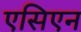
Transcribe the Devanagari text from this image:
एसिएन